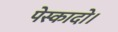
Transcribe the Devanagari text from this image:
पेस्कादो।